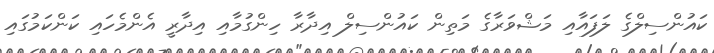
ކައުންސިލްގެ ލަފައާއި މަޝްވަރާގެ މަތިން ކައުންސިލް އިދާރާ ހިންގުމާއި އިދާރީ އެންމެހައި ކަންކަމުގައި